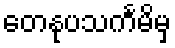
တေနုပသင်္ကမိမှ